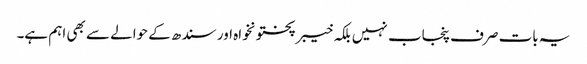
یہ بات صرف پنجاب نہیں بلکہ خیبرپختونخواہ اور سندھ کے حوالے سے بھی اہم ہے۔